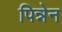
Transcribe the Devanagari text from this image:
पिन्नेन